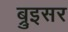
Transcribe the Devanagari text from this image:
ब्रुइसर